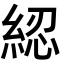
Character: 綛